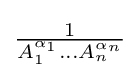
{\textstyle {\frac {1}{A_{1}^{\alpha _{1}}...A_{n}^{\alpha _{n}}}}}